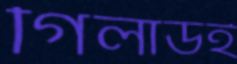
গিলার্ডই